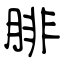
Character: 腓